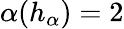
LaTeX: \alpha(h_{\alpha})=2